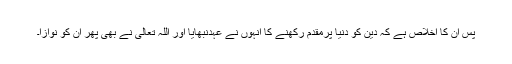
پس ان کا اخلاص ہے کہ دین کو دنیا پرمقدم رکھنے کا انہوں نے عہدنبھایا اور اللہ تعالیٰ نے بھی پھر ان کو نوازا۔